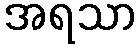
အရသာ